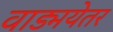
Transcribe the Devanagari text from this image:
वाड्मयेतर